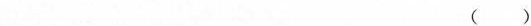
()